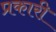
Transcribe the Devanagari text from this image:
प्रकारी